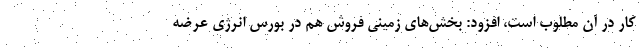
کار در آن مطلوب است، افزود: بخش‌های زمینی فروش هم در بورس انرژی عرضه